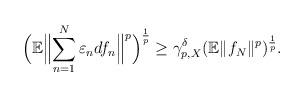
LaTeX: \begin{align*} \Bigl(\mathbb E \Bigl\| \sum^N_{n=1} \varepsilon_n df_n\Bigr\|^p\Bigr )^{\frac 1p}\geq \gamma_{p,X}^{\delta} (\mathbb E \|f_N\|^p)^{\frac 1p}. \end{align*}